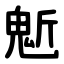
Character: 鬿